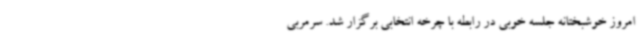
امروز خوشبختانه جلسه خوبی در رابطه با چرخه انتخابی برگزار شد. سرمربی